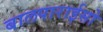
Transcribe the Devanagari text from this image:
बालपाराईसो